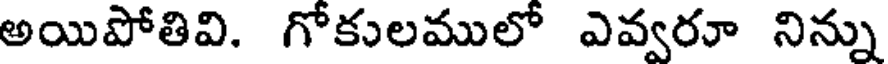
అయిపోతివి. గోకులములో ఎవ్వరూ నిన్ను